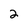
Character: 2